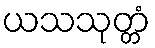
ယသသုတ္တံ